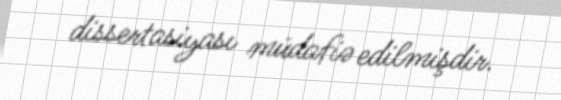
dissertasiyası müdafiə edilmişdir.